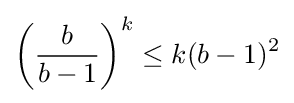
{\left({\frac {b}{b-1}}\right)}^{k}\leq k(b-1)^{2}